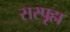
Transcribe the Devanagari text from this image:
सस्पृहा